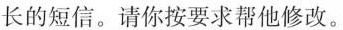
长的短信。请你按要求帮他修改。